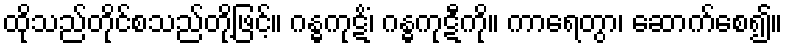
ထိုသည်တိုင်စသည်တို့ဖြင့်။ ဂန္ဓကုဋိံ၊ ဂန္ဓကုဋီကို။ ကာရေတွာ၊ ဆောက်စေ၍။